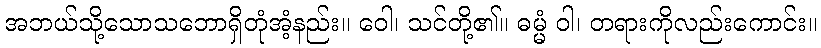
အဘယ်သို့သောသဘောရှိတုံအံ့နည်း။ ဝေါ၊ သင်တို့၏။ ဓမ္မံ ဝါ၊ တရားကိုလည်းကောင်း။